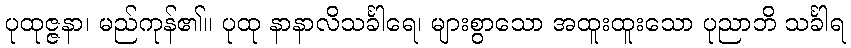
ပုထုဇ္ဇနာ၊ မည်ကုန်၏။ ပုထု နာနာလိသင်္ခါရေ၊ များစွာသော အထူးထူးသော ပုညာဘိ သင်္ခါရ